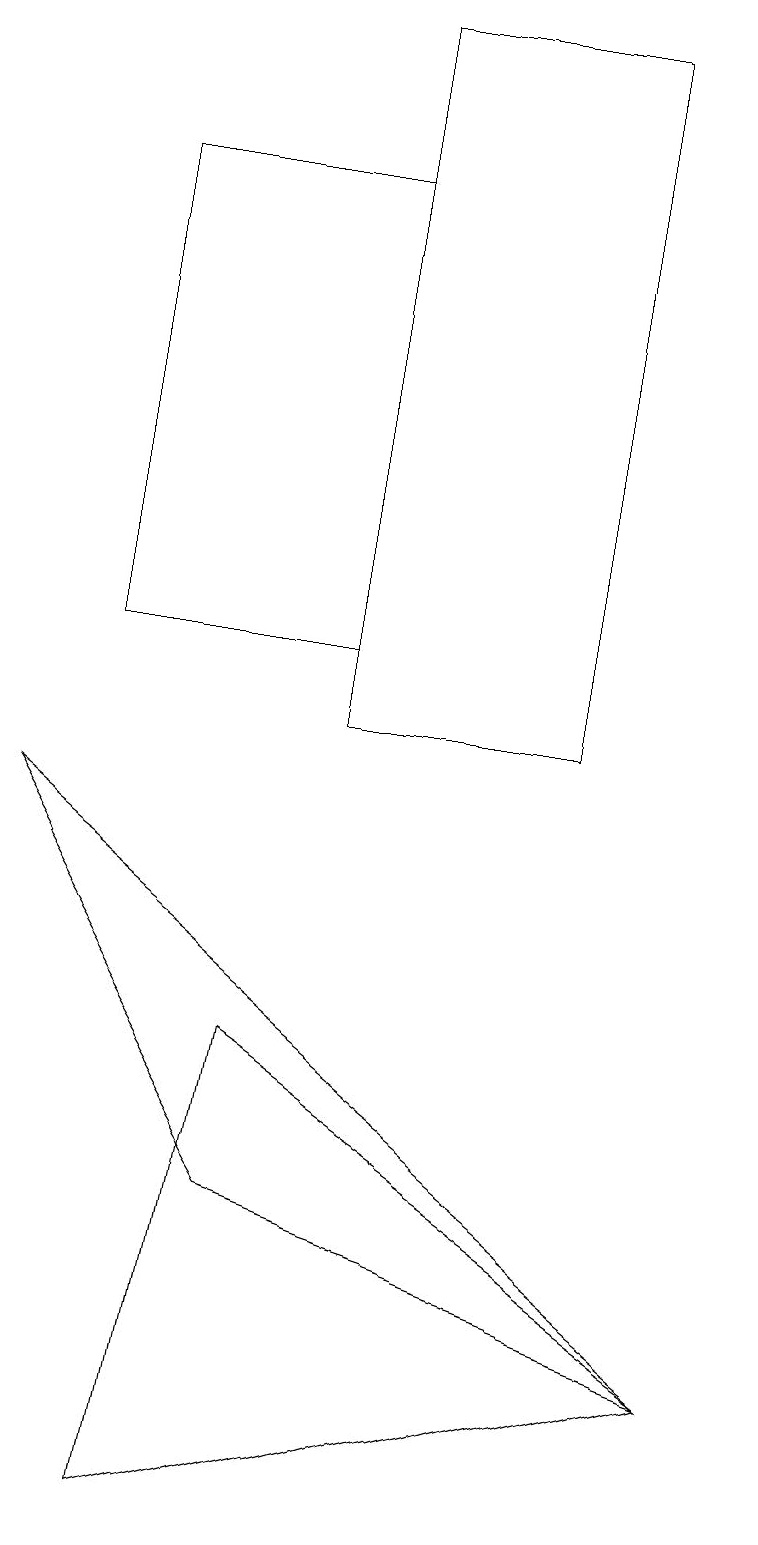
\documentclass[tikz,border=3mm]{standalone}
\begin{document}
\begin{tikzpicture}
\draw (9,2) -- (3,6) -- (2,0) -- cycle;
\draw (1,17) rectangle (4,11);
\draw (7,19) rectangle (4,10);
\draw (3,4) -- (0,9) -- (9,2) -- cycle;
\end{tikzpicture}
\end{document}